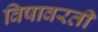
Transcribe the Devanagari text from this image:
विषावरती